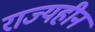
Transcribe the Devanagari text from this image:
राज्यहीन